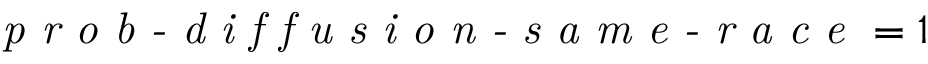
\textit { p r o b - d i f f u s i o n - s a m e - r a c e } = 1